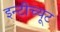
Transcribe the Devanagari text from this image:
इन्टीच्यूट